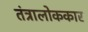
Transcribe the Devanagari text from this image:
तंत्रालोककार